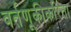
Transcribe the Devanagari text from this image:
वर्तणूकीकरिता